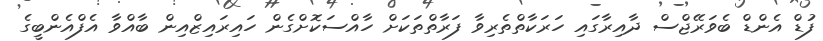
ފުޑް އެންޑް ބެވަރޭޖްސް ދާއިރާގައި ހަރަކާތްތެރިވާ ފަރާތްތަކަށް ހާއްސަކޮށްގެން ހައިރައިޒްއިން ބާއްވާ އެފްއެންބީގެ